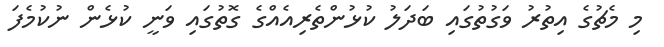
މި މެޗުގެ އިތުރު ވަގުތުގައި ބަދަލު ކުޅުންތެރިއެއްގެ ގޮތުގައި ވަނީ ކުޅެން ނުކުމެފަ